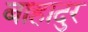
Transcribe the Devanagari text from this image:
बाहादुर